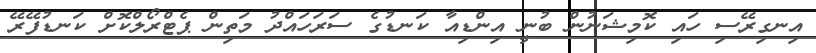
އިނގިރޭސި ހައި ކޮމިޝަނުން ބުނީ އިންޑިއާ ކަނޑުގެ ސަރަހައްދު މަތިން ޕެޓްރޯލްކޮށް ކަނޑުފޭރޭ